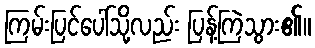
ကြမ်းပြင်ပေါ်သို့လည်း ပြန့်ကြဲသွား၏။